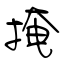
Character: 掩